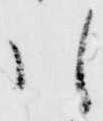
引